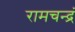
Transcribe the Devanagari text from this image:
रामचन्द्रं